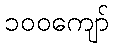
၁၀၀ကျော်